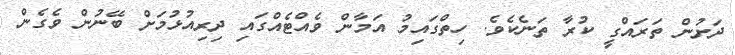
ދަށުން ތަރައްގީ ކުރާ ތަނެކެވެ. ހިތްގައިމު އަމާން ވެއްޓެއްގައި ދިރިއުޅުމަށް ބޭނުން ވެގެން